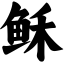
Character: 稣